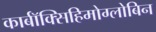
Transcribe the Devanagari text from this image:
कार्बॉक्सिहिमोग्लोबिन